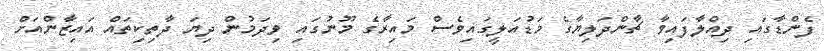
ފެންޑާގައި ދިއްލާފައިވާ ޗާންދަލިޔާގެ މަޑުއަލީގައިވެސް މައިރާގެ މޫނުގައި ވިދަމުން ދިޔަ ދާތިކިތައް އައިޒާންއަށް